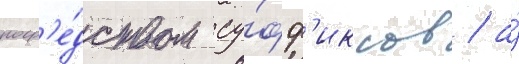
поср'е́дством су́фф'иксов / а́